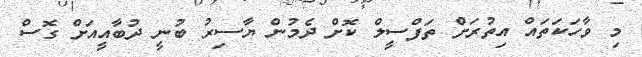
މި ވާހަކަތައް އިތުރަށް ތަފްސީލް ކޮށް ދެމުން ޔާސިރު ބުނީ ދުބާއީއަށް ގޮސް